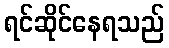
ရင်ဆိုင်နေရသည်